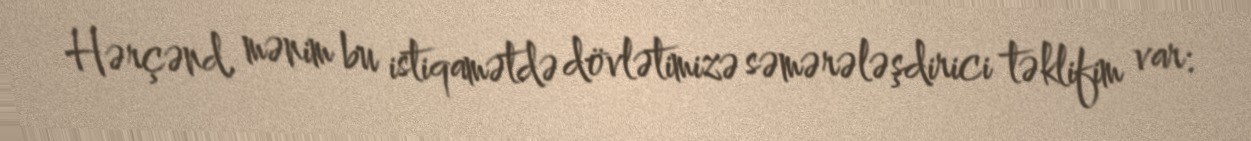
Hərçənd, mənim bu istiqamətdə dövlətimizə səmərələşdirici təklifim var: